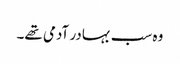
وہ سب بہادر آدمی تھے۔